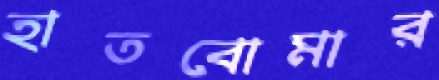
হাতবোমার